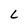
Character: L